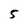
Character: 5